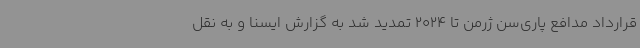
قرارداد مدافع پاری‌سن ژرمن تا 2024 تمدید شد به گزارش ایسنا و به نقل